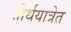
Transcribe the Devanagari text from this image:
तीर्थयात्रेत